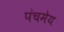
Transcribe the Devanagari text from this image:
पंचमेय